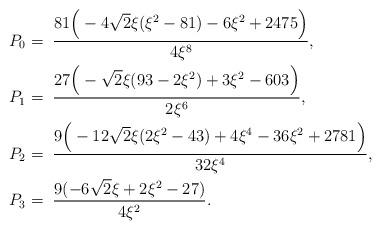
LaTeX: \begin{align*} P_0&=\;\frac{81\Big(-4\sqrt{2}\xi({\xi}^2-81)-6{\xi}^2+2475\Big)}{4{\xi}^8},\\ P_1&=\;\frac{27\Big(-\sqrt{2}\xi(93-2{\xi}^2)+3{\xi}^2-603\Big)}{2{\xi}^6},\\ P_2&=\;\frac{9\Big(-12\sqrt{2}\xi(2{\xi}^2-43)+4{\xi}^4-36{\xi}^2+2781\Big)}{32{\xi}^4},\\ P_3&=\;\frac{9(-6\sqrt{2}\xi+2{\xi}^2-27)}{4{\xi}^2}. \end{align*}